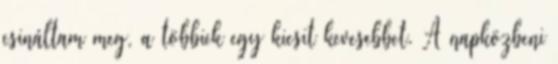
csináltam meg, a többiek egy kicsit kevesebbet. A napközbeni